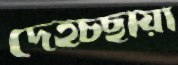
দেহচ্ছায়া